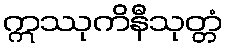
ဣဿုကိနီသုတ္တံ